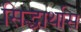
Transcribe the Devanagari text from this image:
सिद्धार्थास